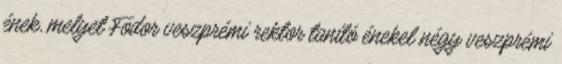
ének, melyet Fodor veszprémi rektor tanító énekel négy veszprémi